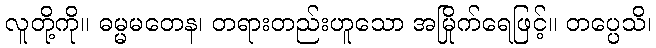
လူတို့ကို။ ဓမ္မမတေန၊ တရားတည်းဟူသော အမြိုက်ရေဖြင့်။ တပ္ပေသိ၊